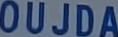
OUJDA